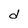
Character: d